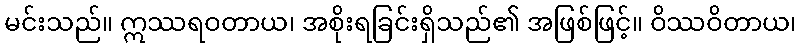
မင်းသည်။ ဣဿရဝတာယ၊ အစိုးရခြင်းရှိသည်၏ အဖြစ်ဖြင့်။ ဝိဿဝိတာယ၊